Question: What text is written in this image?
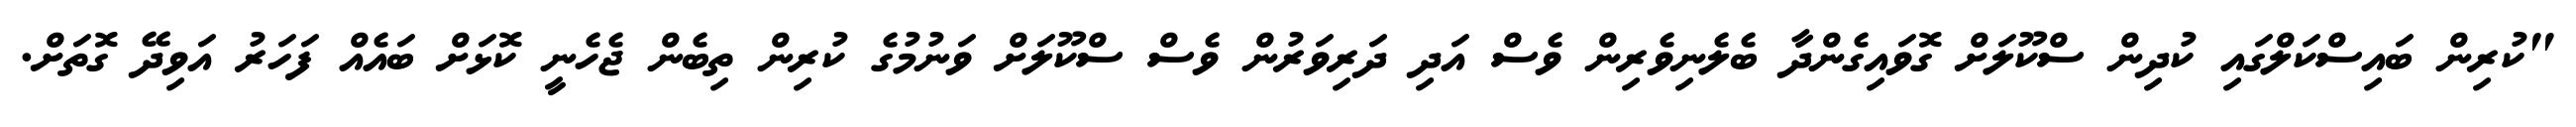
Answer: "ކުރިން ބައިސްކަލްގައި ކުދިން ސްކޫލަށް ގޮވައިގެންދާ ބެލެނިވެރިން ވެސް އަދި ދަރިވަރުން ވެސް ސްކޫލަށް ވަނުމުގެ ކުރިން ތިބެން ޖެހެނީ ކޮޅަށް ބައެއް ފަހަރު އަވިދޭ ގޮތަށް.